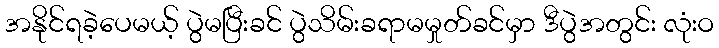
အနိုင်ရခဲ့ပေမယ့် ပွဲမပြီးခင် ပွဲသိမ်းခရာမမှုတ်ခင်မှာ ဒီပွဲအတွင်း လုံးဝ